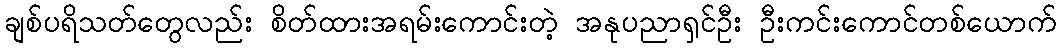
ချစ်ပရိသတ်တွေလည်း စိတ်ထားအရမ်းကောင်းတဲ့ အနုပညာရှင်ဦး ဦးကင်းကောင်တစ်ယောက်